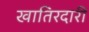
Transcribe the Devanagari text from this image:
खातिरदारी